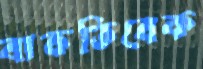
বাকতিবেক